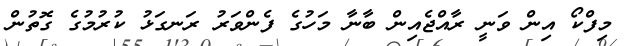
މިފްކޯ އިން ވަނީ ރާއްޖެއިން ބާނާ މަހުގެ ފެންވަރު ރަނގަޅު ކުރުމުގެ ގޮތުން